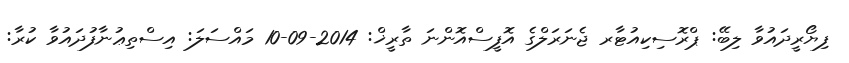
ފިޔޯރީދައުވާ ލިބޭ: ޕްރޮސިކިއުޓާރ ޖެނަރަލްގެ އޮފީސްއޮންނަ ތާރީޚް: 2014-09-10 މައްސަލަ: އިސްތިޢުނާފުދައުވާ ކުރާ: